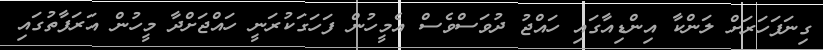
ގިނަފަހަރަށް ލަންކާ އިންޑިއާގައި ހައްޖު ދުވަސްވެސް އެމީހުން ފަހަގަކުރަނީ ހައްޖަށްދާ މީހުން އަރަފާތުގައި